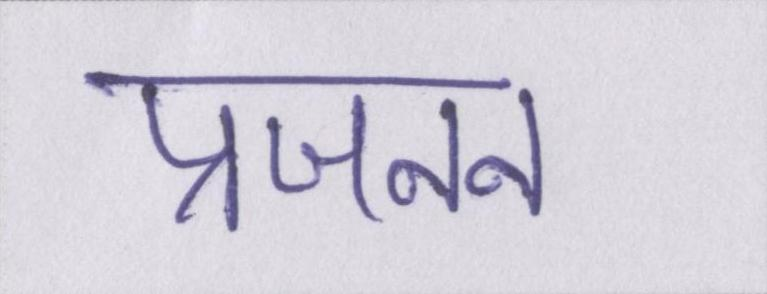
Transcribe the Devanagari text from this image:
प्रजनन